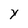
Character: d